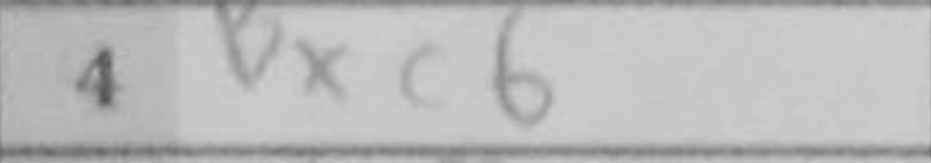
Transcription: Bxc6